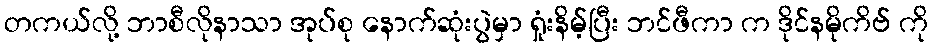
တကယ်လို့ ဘာစီလိုနာသာ အုပ်စု နောက်ဆုံးပွဲမှာ ရှုံးနိမ့်ပြီး ဘင်ဖီကာ က ဒိုင်နမိုကိဗ် ကို